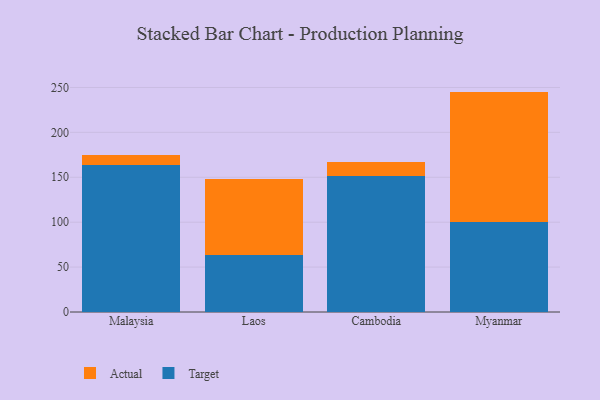
{"axis": {"x": "Country", "y": "Page Views"}, "legend": ["Actual", "Target"], "data": [{"x": "Malaysia", "y": 163.3, "type": "Target"}, {"x": "Malaysia", "y": 11.0, "type": "Actual"}, {"x": "Laos", "y": 63.2, "type": "Target"}, {"x": "Laos", "y": 84.5, "type": "Actual"}, {"x": "Cambodia", "y": 150.9, "type": "Target"}, {"x": "Cambodia", "y": 16.5, "type": "Actual"}, {"x": "Myanmar", "y": 99.9, "type": "Target"}, {"x": "Myanmar", "y": 145.5, "type": "Actual"}]}